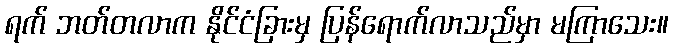
ရက် ဘတ်တလာက နိုင်ငံခြားမှ ပြန်ရောက်လာသည်မှာ မကြာသေး။